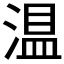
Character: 𱧴